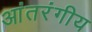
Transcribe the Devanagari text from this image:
आंतरंगीय